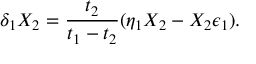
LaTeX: \delta _ { 1 } X _ { 2 } = { \frac { t _ { 2 } } { t _ { 1 } - t _ { 2 } } } ( \eta _ { 1 } X _ { 2 } - X _ { 2 } \epsilon _ { 1 } ) .